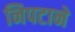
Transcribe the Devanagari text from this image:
निपटाने